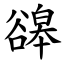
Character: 䜰